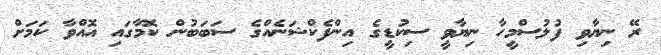
ރޭ ނިޔާވި ފުލުސްމީހާ ނިޔާވީ ސިކުޑީގެ އިންފެކްޝަނެއްގެ ސަބަބުން ކޮމާގައި އޮއްވާ ކަމަށް